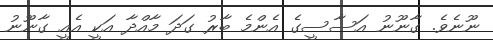
ނޫނެވެ. ގާނޫނު އަސާސީގެ އެންމެ ބާރު ގަދަ މާއްދާ އަކީ އެއީ ގާނޫނު